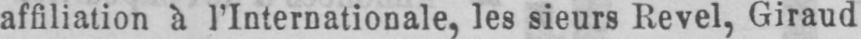
affiliation à l’Internationale, les sieurs Revel, Giraud